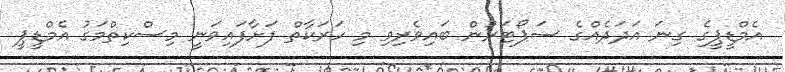
އެމްޑީޕީގެ ގިނަ އަދަދެއްގެ ސަޕޯޓަރުން ބައިވެރިވި މި ހަރަކާތް ފަށާފައިވަނީ މިސްކިތްމަގު އެމްޑީޕީ